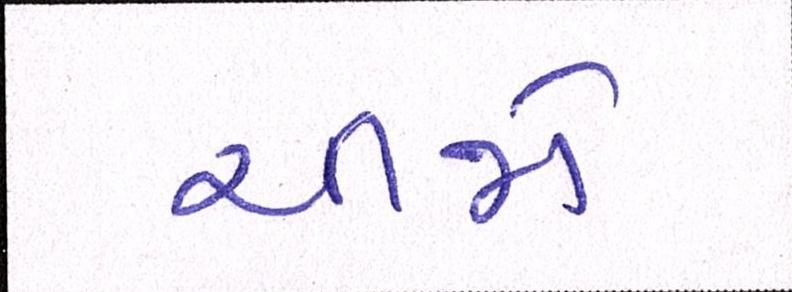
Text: ચીજો